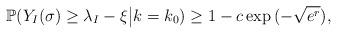
LaTeX: \begin{align*} \mathbb{P}(Y_I(\sigma) \ge \lambda_I - \xi \big | k = k_0) \ge 1 - c \exp{(-\sqrt{e^r})},\end{align*}